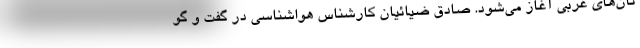
تان‌های غربی آغاز می‌شود. صادق ضیائیان کارشناس هواشناسی در گفت و گو